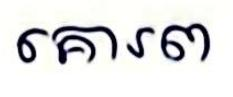
គោរព